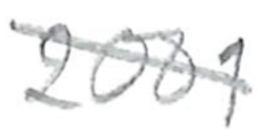
Text: 2001
Cross-out: diagonal
Writing tool: pencil